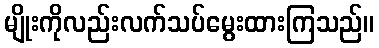
မျိုးကိုလည်းလက်သပ်မွေးထားကြသည်။